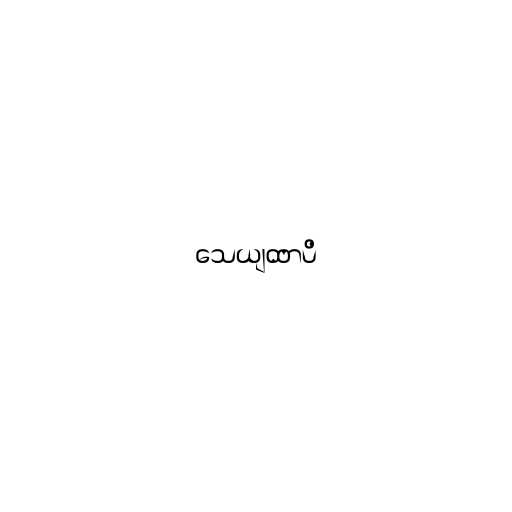
သေယျထာပိ